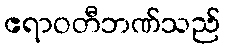
ဧရာဝတီဘဏ်သည်